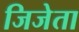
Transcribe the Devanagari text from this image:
जिजेता